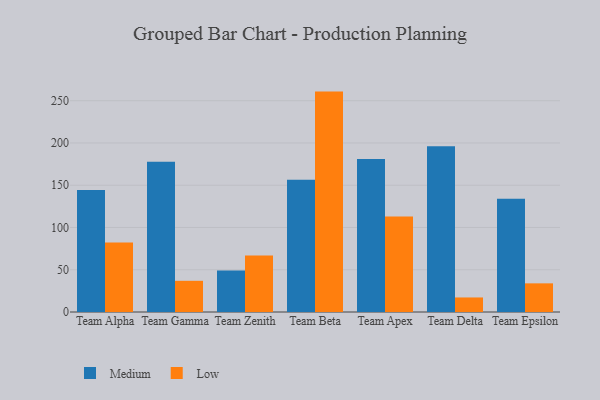
{"axis": {"x": "Team", "y": "Headcount"}, "legend": ["Low", "Medium"], "data": [{"x": "Team Alpha", "y": 144.4, "type": "Medium"}, {"x": "Team Alpha", "y": 82.2, "type": "Low"}, {"x": "Team Gamma", "y": 177.7, "type": "Medium"}, {"x": "Team Gamma", "y": 36.9, "type": "Low"}, {"x": "Team Zenith", "y": 49.0, "type": "Medium"}, {"x": "Team Zenith", "y": 66.8, "type": "Low"}, {"x": "Team Beta", "y": 156.5, "type": "Medium"}, {"x": "Team Beta", "y": 260.8, "type": "Low"}, {"x": "Team Apex", "y": 180.9, "type": "Medium"}, {"x": "Team Apex", "y": 113.1, "type": "Low"}, {"x": "Team Delta", "y": 196.2, "type": "Medium"}, {"x": "Team Delta", "y": 17.2, "type": "Low"}, {"x": "Team Epsilon", "y": 134.1, "type": "Medium"}, {"x": "Team Epsilon", "y": 33.9, "type": "Low"}]}